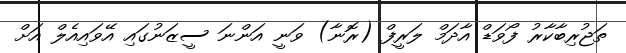
ތަޖުރިބާކާރު ފޯވަޑް އާދަމް ލަރީފް (ރޮނާ) ވަނީ އަންނަ ސީޒަނުގައި އޭވައިއެލް އަށް